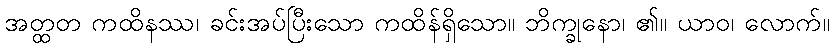
အတ္ထတ ကထိနဿ၊ ခင်းအပ်ပြီးသော ကထိန်ရှိသော။ ဘိက္ခုနော၊ ၏။ ယာဝ၊ လောက်။